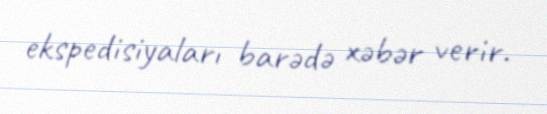
ekspedisiyaları barədə xəbər verir.